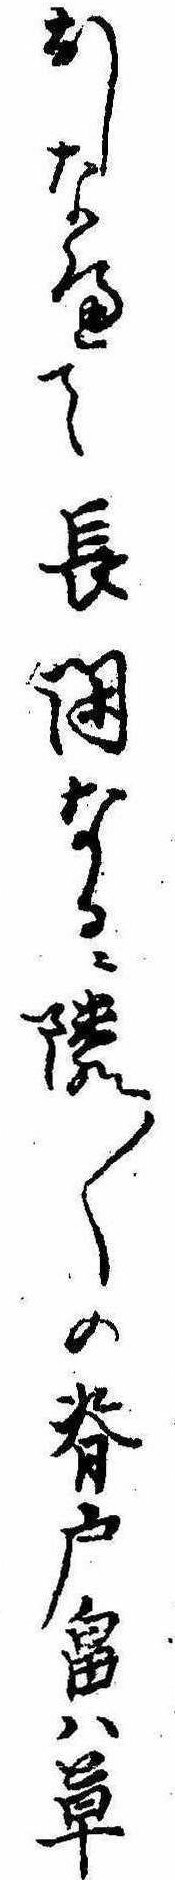
おしなへて長閑なるに隣〱の背戸畠は草